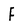
Character: F